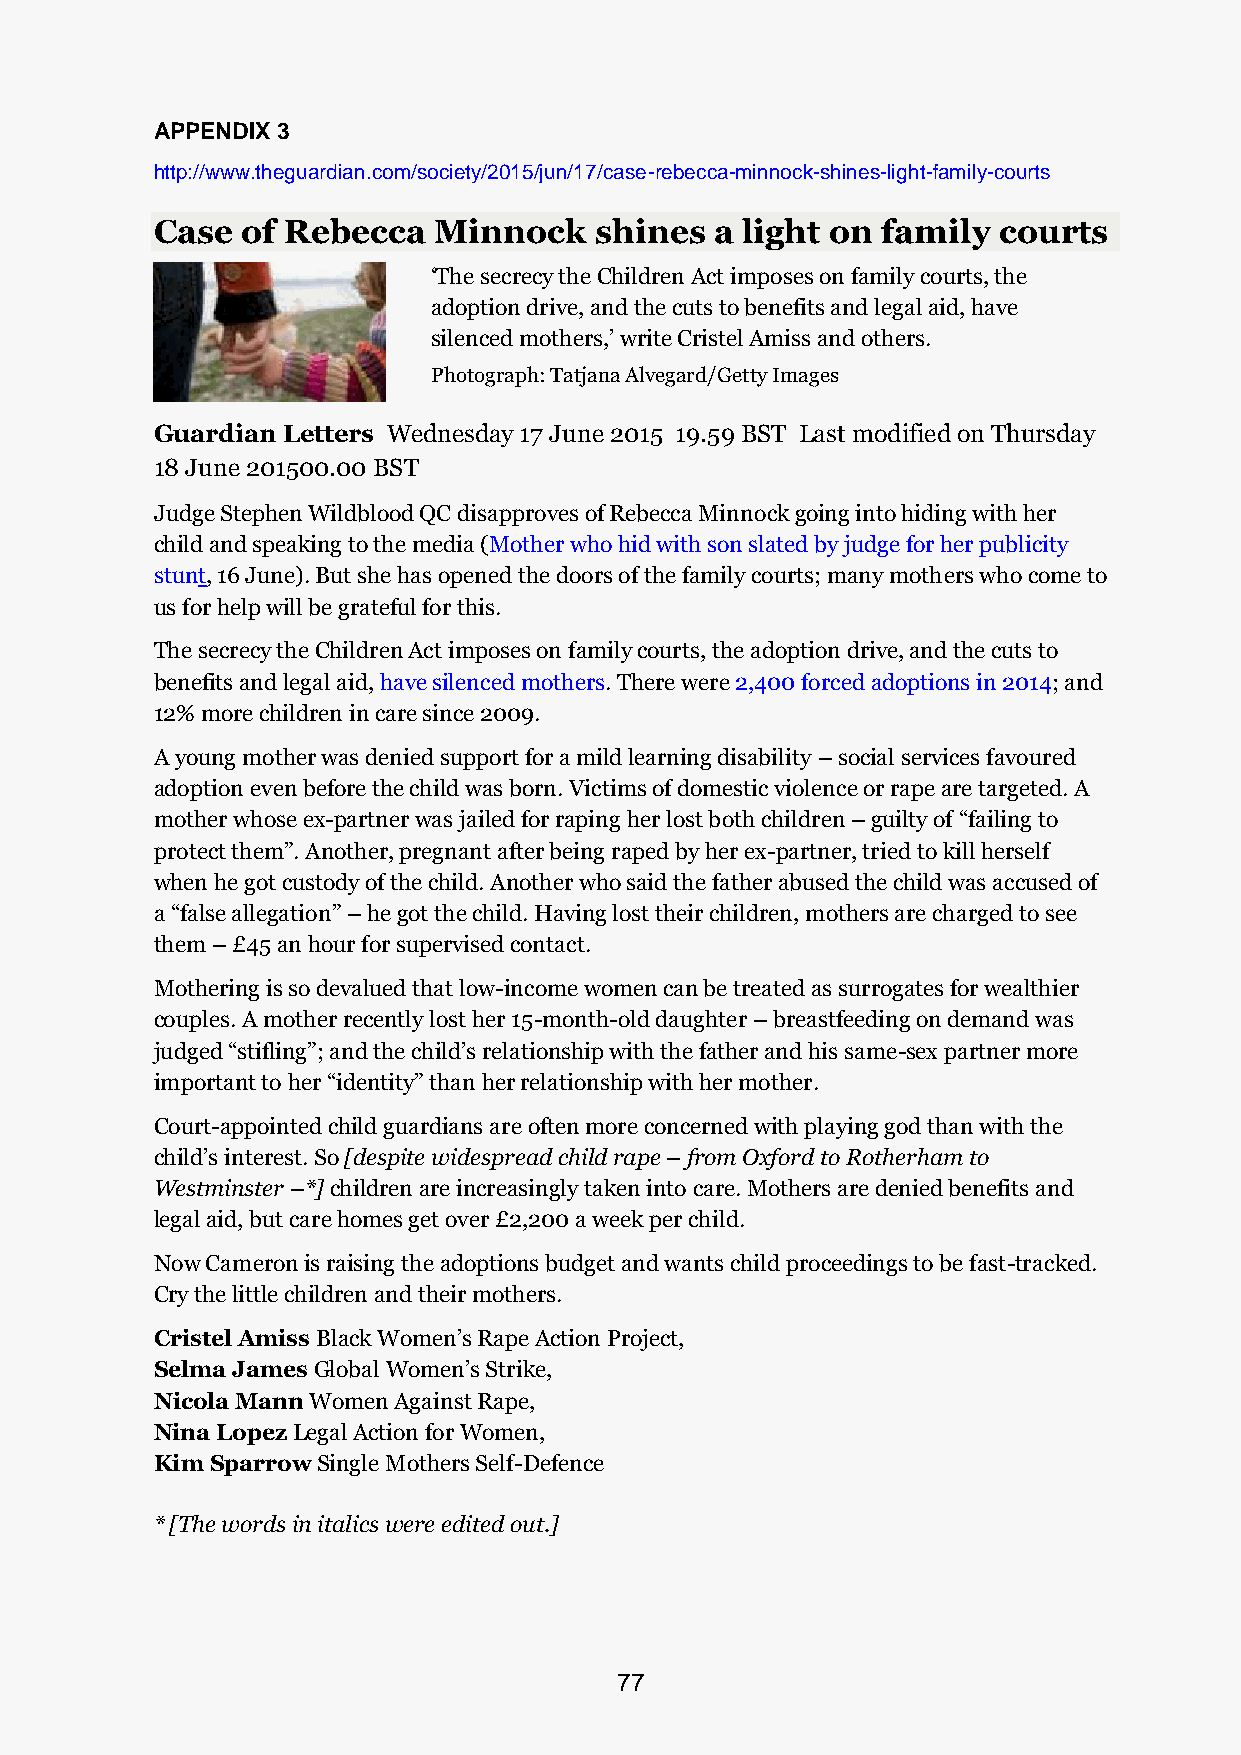
APPENDIX 3
 http://www.theguardian.com/society/2015/jun/17/case-rebecca-minnock-shines-light-family-courts
 Case  of Rebecca   Minnock   shines  a light on family  courts
 ‘The secrecy the Children Act imposes on family courts, the
 adoption drive, and the cuts to benefits and legal aid, have
 silenced mothers,’ write Cristel Amiss and others.
 Photograph: Tatjana Alvegard/Getty Images
 Guardian Letters Wednesday 17 June 2015 19.59 BST Last modified on Thursday
 18 June 201500.00 BST
 Judge Stephen Wildblood QC disapproves of Rebecca Minnock going into hiding with her
 child and speaking to the media (Mother who hid with son slated by judge for her publicity
 stunt, 16 June). But she has opened the doors of the family courts; many mothers who come to
 us for help will be grateful for this.
 The secrecy the Children Act imposes on family courts, the adoption drive, and the cuts to
 benefits and legal aid, have silenced mothers. There were 2,400 forced adoptions in 2014; and
 12% more children in care since 2009.
 A young mother was denied support for a mild learning disability – social services favoured
 adoption even before the child was born. Victims of domestic violence or rape are targeted. A
 mother whose ex-partner was jailed for raping her lost both children – guilty of “failing to
 protect them”. Another, pregnant after being raped by her ex-partner, tried to kill herself
 when he got custody of the child. Another who said the father abused the child was accused of
 a “false allegation” – he got the child. Having lost their children, mothers are charged to see
 them – £45 an hour for supervised contact.
 Mothering is so devalued that low-income women can be treated as surrogates for wealthier
 couples. A mother recently lost her 15-month-old daughter – breastfeeding on demand was
 judged “stifling”; and the child’s relationship with the father and his same-sex partner more
 important to her “identity” than her relationship with her mother.
 Court-appointed child guardians are often more concerned with playing god than with the
 child’s interest. So [despite widespread child rape – from Oxford to Rotherham to
 Westminster –*] children are increasingly taken into care. Mothers are denied benefits and
 legal aid, but care homes get over £2,200 a week per child.
 Now Cameron is raising the adoptions budget and wants child proceedings to be fast-tracked.
 Cry the little children and their mothers.
 Cristel Amiss Black Women’s Rape Action Project,
 Selma James Global Women’s Strike,
 Nicola Mann Women Against Rape,
 Nina Lopez Legal Action for Women,
 Kim Sparrow Single Mothers Self-Defence
 * [The words in italics were edited out.]
 77